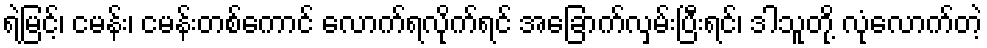
ရဲမြင့်၊ ငမန်း၊ ငမန်းတစ်ကောင် လောက်ရလိုက်ရင် အခြောက်လှမ်းပြီးရင်၊ ဒါသူတို့ လုံလောက်တဲ့